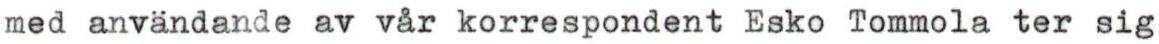
med användande av vår korrespondent Esko Tommola ter sig